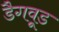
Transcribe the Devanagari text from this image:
डैगवूड